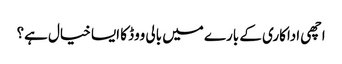
اچھی اداکاری کے بارے میں بالی ووڈ کا ایسا خیال ہے؟